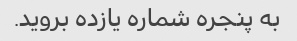
به پنجره شماره یازده بروید.